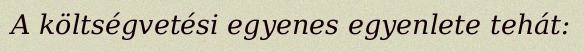
A költségvetési egyenes egyenlete tehát: